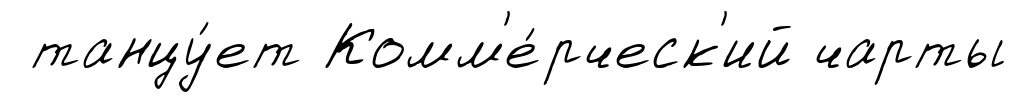
танцу́ет Комм'е́рческ'ий чарты